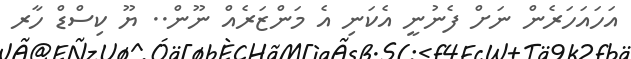
އަހައަހަރެން ނަށް ފެނުނީ އެކަނި އެ މަންޒަރެއް ނޫން.. ޔޫ ކިސްޑް ހާރ